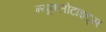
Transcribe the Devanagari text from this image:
न्यूक्लोटाइड्स